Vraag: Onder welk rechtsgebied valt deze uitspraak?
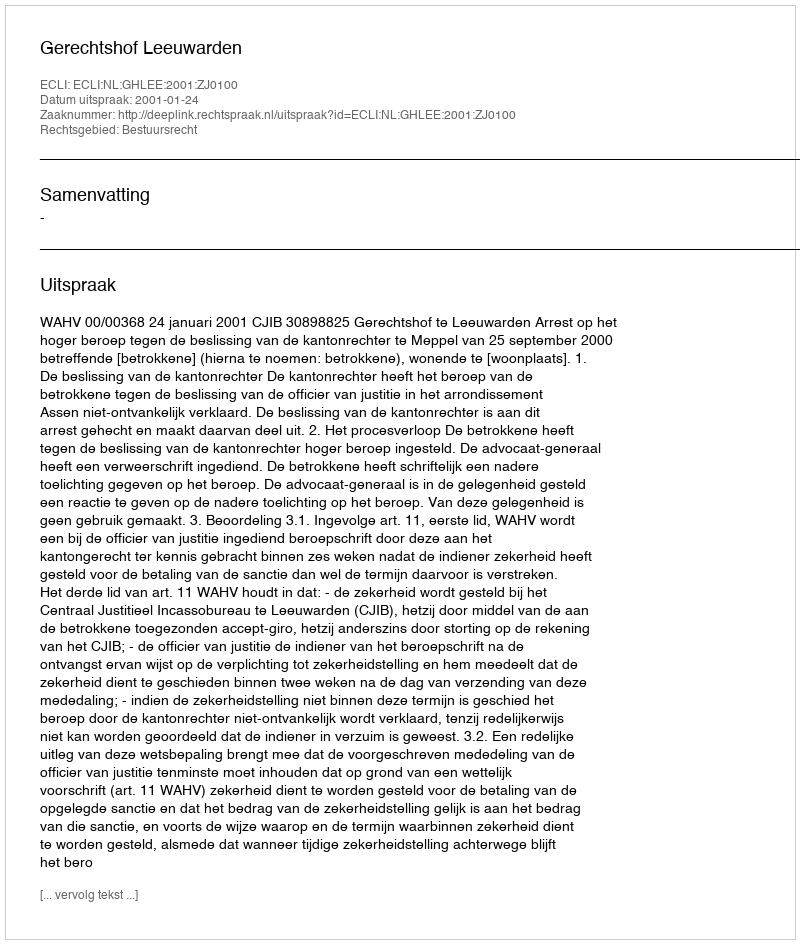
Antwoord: Bestuursrecht